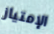
الإمتياز